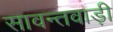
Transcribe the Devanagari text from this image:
सावन्तवाड़ी